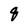
Character: q